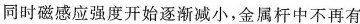
同时磁感应强度开始逐渐减小，金属杆中不再有